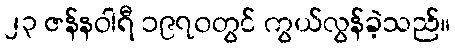
၂၃ ဇန်နဝါရီ ၁၉၇၀တွင် ကွယ်လွန်ခဲ့သည်။